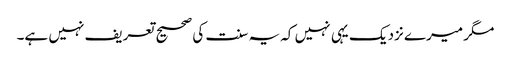
مگر میرے نزدیک یہی نہیں کہ یہ سنت کی صحیح تعریف نہیں ہے۔